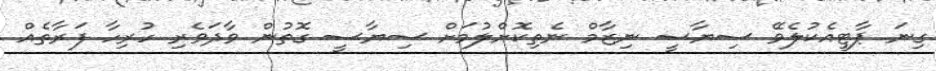
ގިނަ ޕާޓީއެކުލެވޭ ސިޔާސީ ނިޒާމް ނެތިކޮށްލުމަށް ސިޔާސީ ގޮތުން ވާދަވެރި ހުރިހާ ފަރާތެއް